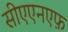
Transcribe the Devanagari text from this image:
सीएएनएफ़